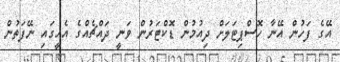
އޭގެ ފަހުން އޭނާ ހޮސްޕިޓަލަށް ދިއުމުން ޑޮކްޓަރުން ވަނީ ދައްޗެއްގެ އެހީގައި ނޭފަތުން